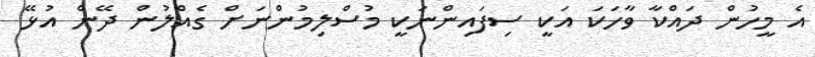
އެ މީހުން ދައްކާ ވާހަކަ އަކީ ސިފައިންނަކީ މުސްލިމުންނަށް ގެއްލުން ދޭން އުޅޭ